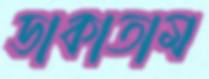
ডাকাতাম